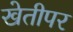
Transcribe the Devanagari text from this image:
खेतीपर